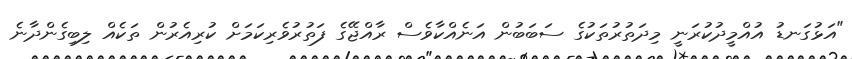
"އަޅުގަނޑު އުއްމީދުކުރަނީ މިދަތުރުތަކުގެ ސަބަބުން އަނެއްކާވެސް ރާއްޖޭގެ ފަތުރުވެރިކަމަށް ކުރިއެރުން ތަކެއް ލިބިގެންދާނެ